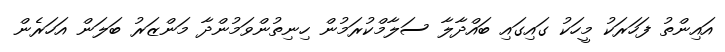
އައިންތު ފަހަރަކު މީހަކު ގައިގައި ބައްދާލާ ސަލާމްކުރަމުން ހިނިތުންވަމުންދާ މަންޒަރު ބަލަން އަހަރެން